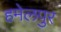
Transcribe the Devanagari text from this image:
हमेलपुर